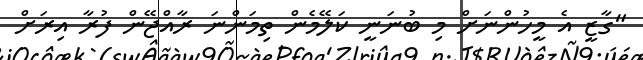
"ގާޒީ އެ މީހުންނަށް މި ބުނަނީ ކަލޭމެން ތިމަންނަ ރާއްޖޭން ފުރާ އިރަށް